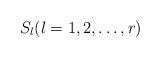
LaTeX: \begin{align*}S_l(l=1,2,\ldots,r)\end{align*}